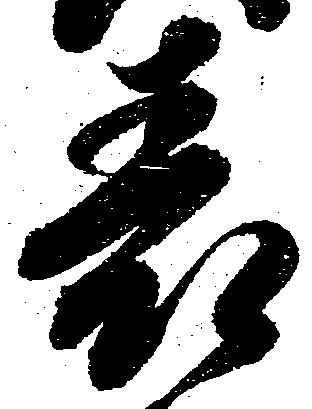
表